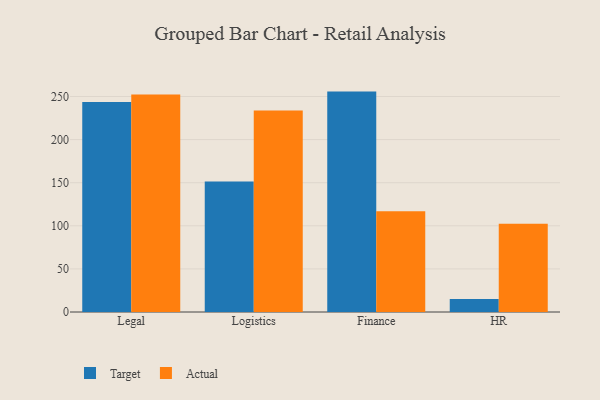
{"axis": {"x": "Department", "y": "Operating Costs (USD K)"}, "legend": ["Actual", "Target"], "data": [{"x": "Legal", "y": 243.7, "type": "Target"}, {"x": "Legal", "y": 252.2, "type": "Actual"}, {"x": "Logistics", "y": 151.5, "type": "Target"}, {"x": "Logistics", "y": 233.7, "type": "Actual"}, {"x": "Finance", "y": 255.7, "type": "Target"}, {"x": "Finance", "y": 116.9, "type": "Actual"}, {"x": "HR", "y": 15.2, "type": "Target"}, {"x": "HR", "y": 102.3, "type": "Actual"}]}